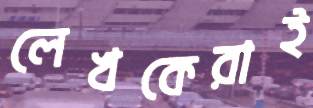
লেখকেরাই